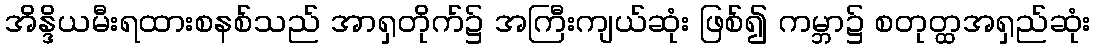
အိန္ဒိယမီးရထားစနစ်သည် အာရှတိုက်၌ အကြီးကျယ်ဆုံး ဖြစ်၍ ကမ္ဘာ၌ စတုတ္ထအရှည်ဆုံး